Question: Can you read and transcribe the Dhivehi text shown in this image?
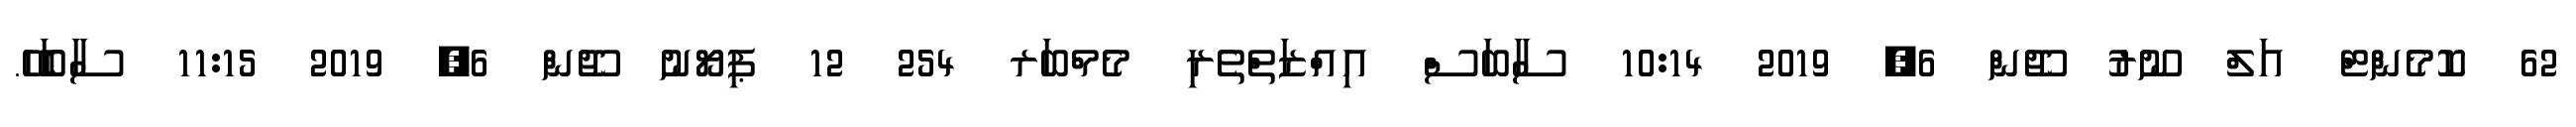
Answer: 62 ކޮމެންޓް އަލް ނޫރު ޖޫން 6, 2019 10:14 ސާބަސް އިއްޒަތްތެރި މެމްބަރ 254 12 ޕިޔޯނު ޖޫން 6, 2019 11:15 ސާބަހޭ.